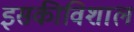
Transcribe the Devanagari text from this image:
इसकीविशाल